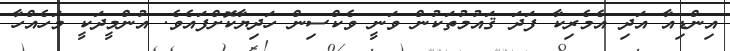
އިންޑިއާ އަދި އެމެރިކާ ފަދަ ޤައުމުތަކުން ވަނީ ވެކްސިން ހަދިޔާކޮށްފައެވެ. އުންމީދަކީ މަހެއްހާ